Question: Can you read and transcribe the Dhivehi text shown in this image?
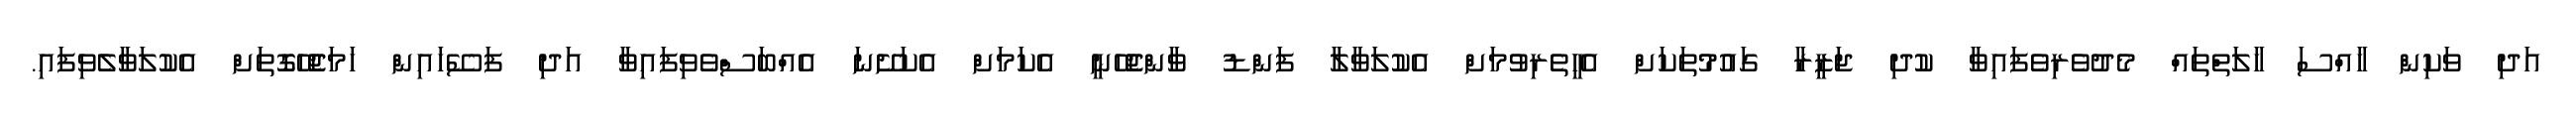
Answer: އަދި ވަކިން ހާއްސަ ހާލަތްތައް މެދުވެރިވެފައިވާ ކުދި ޖަޒީރާ ގައުމުތަކަށް އެހީތެރިވުމަށް އެކުލަވާލާ ފަންޑު ވާންޖެހޭނީ އެކަމަށް އެކަށޭނަ އެއްބަސްވެވިފައިވާ އަދި ފަސޭހައިން ހަމަޖެހޭގޮތަށް އެކުލަވާލެވިފައި.